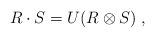
LaTeX: \begin{align*}R\cdot S = U(R\otimes S)\;,\end{align*}